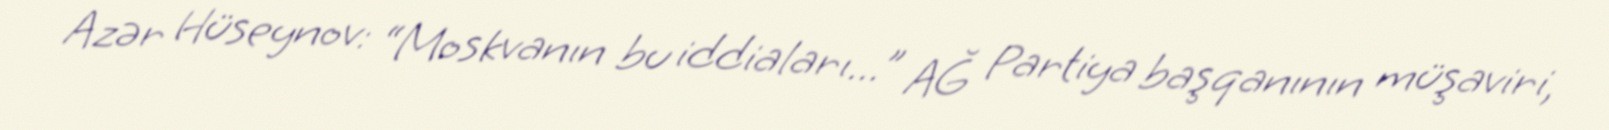
Azər Hüseynov: “Moskvanın bu iddiaları...” AĞ Partiya başqanının müşaviri,